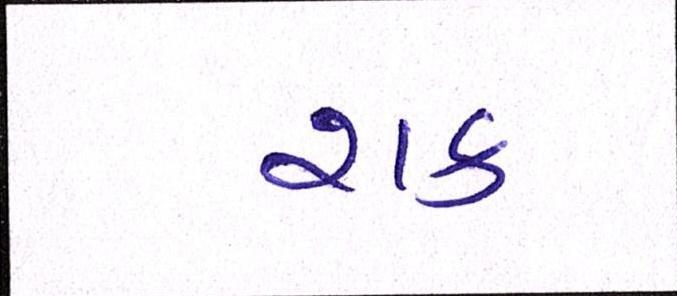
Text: શક